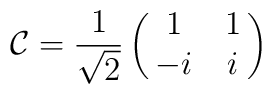
\mathcal{C}=\frac{1}{\sqrt{2}}\begin{pmatrix}{1&1\cr-i&i\cr}\end{pmatrix}